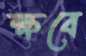
ক্ষবে